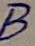
Text: B